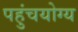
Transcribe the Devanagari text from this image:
पहुंचयोग्य